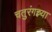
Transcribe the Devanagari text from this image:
चतुरंगच्या